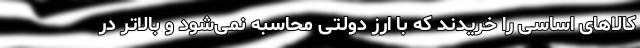
کالا‌های اساسی را خریدند که با ارز دولتی محاسبه نمی‌شود و بالاتر در